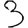
Digit: 3